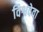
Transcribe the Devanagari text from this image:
विश्वदेवा